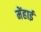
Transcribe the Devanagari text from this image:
मेंहाई